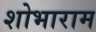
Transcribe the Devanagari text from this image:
शोभाराम